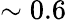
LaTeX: \sim 0.6